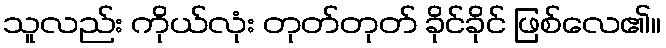
သူလည်း ကိုယ်လုံး တုတ်တုတ် ခိုင်ခိုင် ဖြစ်လေ၏။